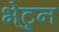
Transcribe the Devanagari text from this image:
भेटुन